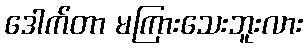
ဒေါက်တာ မကြားသေးဘူးလား